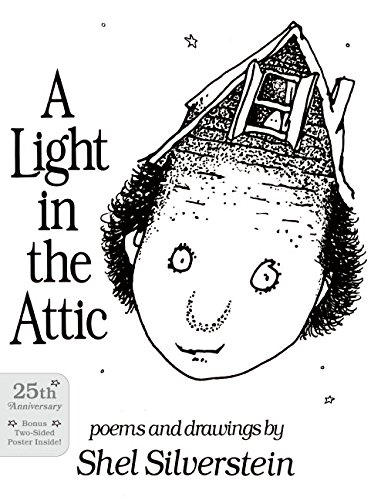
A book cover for A Light in the Attic; Shel Silverstein; Humor & Entertainment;